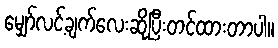
မျှော်လင့်ချက်လေးဆိုပြီးတင်ထားတာပါ။